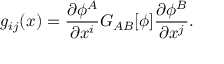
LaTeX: g _ { i j } ( x ) = \frac { \partial \phi ^ { A } } { \partial x ^ { i } } G _ { A B } [ \phi ] \frac { \partial \phi ^ { B } } { \partial x ^ { j } } .